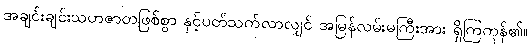
အချင်းချင်းသဟဇာတဖြစ်စွာ နှင့်ပတ်သက်လာလျှင် အမြန်လမ်းမကြီးအား ရှိကြကုန်၏။